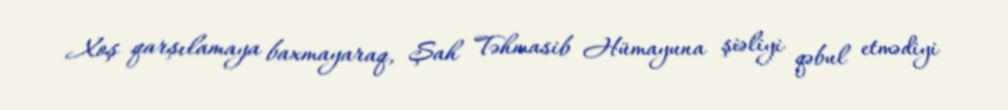
Xoş qarşılamaya baxmayaraq, Şah Təhmasib Hümayuna şiəliyi qəbul etmədiyi